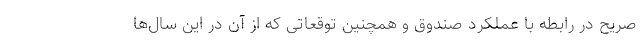
صریح در رابطه با عملکرد صندوق و همچنین توقعاتی که از آن در این سال‌ها